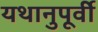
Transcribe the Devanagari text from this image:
यथानुपूर्वी